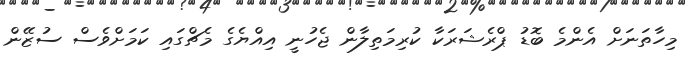
މިހާތަނަށް އެންމެ ބޮޑު ޕްރެޝަރަކާ ކުރިމަތިލާން ޖެހުނީ އިއްޔެގެ މެޗްގައި ކަމަށްވެސް ސުޒޭން